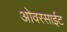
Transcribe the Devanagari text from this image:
ओवरसाईट